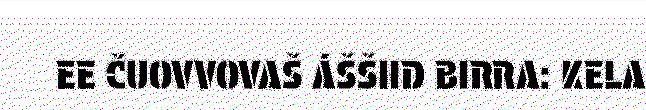
EE ČUOVVOVAŠ ÁŠŠIID BIRRA: KELA